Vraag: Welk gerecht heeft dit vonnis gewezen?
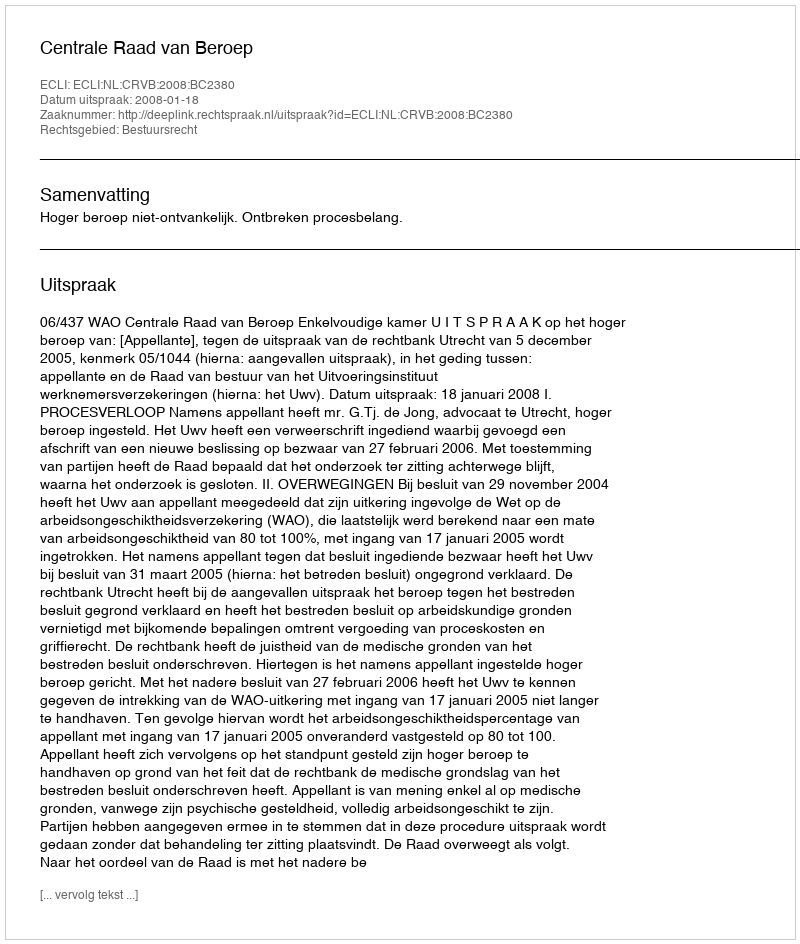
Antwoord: Centrale Raad van Beroep